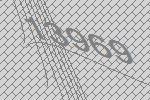
13969